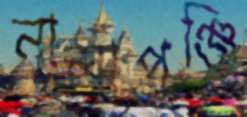
নালাপুঞ্জি